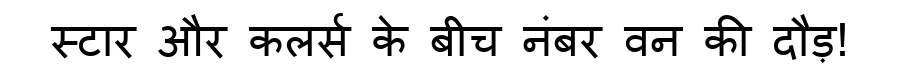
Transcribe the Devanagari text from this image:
स्टार और कलर्स के बीच नंबर वन की दौड़!